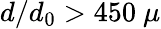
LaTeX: d/d_{0}>450~\mu